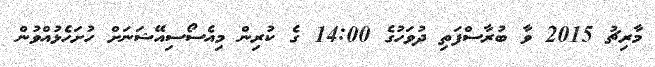
މާރިޗު 2015 ވާ ބުރާސްފަތި ދުވަހުގެ 14:00 ގެ ކުރިން މިއެސޯސިއޭޝަނަށް ހުށަހެޅުއްވުން